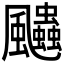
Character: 𱃓